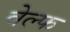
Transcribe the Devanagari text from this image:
वेल्फ